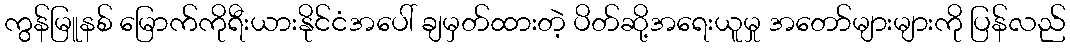
ကွန်မြူနစ် မြောက်ကိုရီးယားနိုင်ငံအပေါ် ချမှတ်ထားတဲ့ ပိတ်ဆို့အရေးယူမှု အတော်များများကို ပြန်လည်